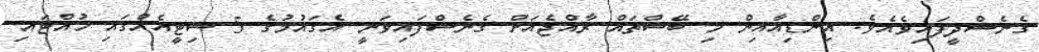
ގެނެސްދީފައިވެއެވެ. އިންޑިއާއިން މި ބޭސްތައް ރާއްޖެއަށް ގެނެސްފައިވަނީ އެޤައުމުގެ 5 ސިޓީއެއްގައި ހުއްޓައި